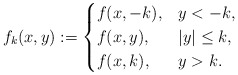
\begin{align*}f_{k}(x,y):=\begin{cases}f(x,-k), & y<-k,\\f(x,y), & |y|\le k,\\f(x,k), & y>k.\end{cases}\end{align*}